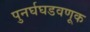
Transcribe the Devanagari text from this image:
पुनर्घघडवणूक